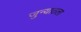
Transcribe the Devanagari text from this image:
जुन्यातला